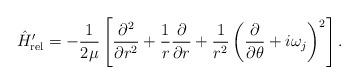
LaTeX: \begin{align*}\hat H_{\rm rel}^\prime =-\frac{1}{2\mu}\left[\frac{\partial^2}{\partial r^2}+\frac{1}{r}\frac{\partial}{\partial r}+\frac{1}{r^2}\left(\frac{\partial}{\partial \theta}+i\omega_j\right)^2\right].\end{align*}